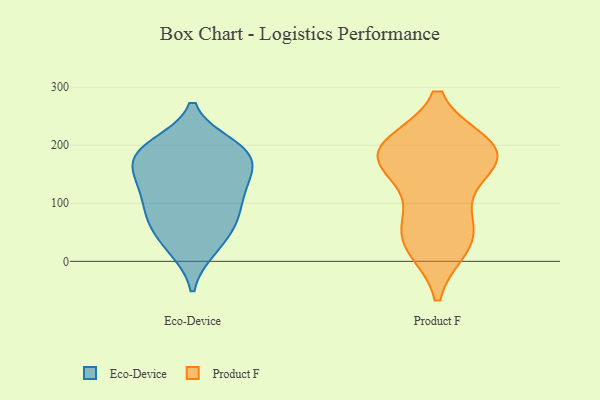
{"axis": {"x": "Tickets Resolved", "y": "Value"}, "legend": ["Eco-Device", "Product F"], "data": [{"x": "", "y": 69, "type": "Eco-Device"}, {"x": "", "y": 117, "type": "Eco-Device"}, {"x": "", "y": 195, "type": "Eco-Device"}, {"x": "", "y": 147, "type": "Eco-Device"}, {"x": "", "y": 191, "type": "Eco-Device"}, {"x": "", "y": 169, "type": "Eco-Device"}, {"x": "", "y": 118, "type": "Eco-Device"}, {"x": "", "y": 21, "type": "Eco-Device"}, {"x": "", "y": 23, "type": "Eco-Device"}, {"x": "", "y": 84, "type": "Eco-Device"}, {"x": "", "y": 153, "type": "Eco-Device"}, {"x": "", "y": 126, "type": "Eco-Device"}, {"x": "", "y": 182, "type": "Eco-Device"}, {"x": "", "y": 69, "type": "Eco-Device"}, {"x": "", "y": 63, "type": "Eco-Device"}, {"x": "", "y": 200, "type": "Eco-Device"}, {"x": "", "y": 188, "type": "Eco-Device"}, {"x": "", "y": 180, "type": "Product F"}, {"x": "", "y": 44, "type": "Product F"}, {"x": "", "y": 197, "type": "Product F"}, {"x": "", "y": 179, "type": "Product F"}, {"x": "", "y": 190, "type": "Product F"}, {"x": "", "y": 39, "type": "Product F"}, {"x": "", "y": 186, "type": "Product F"}, {"x": "", "y": 91, "type": "Product F"}, {"x": "", "y": 175, "type": "Product F"}, {"x": "", "y": 28, "type": "Product F"}]}